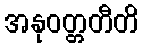
အနုဝတ္တတီတိ